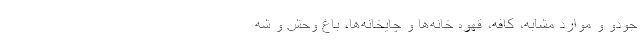
جودو و موارد مشابه، کافه، قهوه خانه‌ها و چایخانه‌ها، باغ وحش و شه